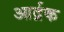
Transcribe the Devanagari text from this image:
आर्द्रक